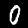
Digit: 0